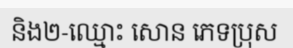
និង២-ឈ្មោះ សោន ភេទប្រុស